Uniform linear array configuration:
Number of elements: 48
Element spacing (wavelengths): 0.25
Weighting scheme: hamming
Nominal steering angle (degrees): -15
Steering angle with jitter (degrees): -14.293
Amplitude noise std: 0.05
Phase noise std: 0.05

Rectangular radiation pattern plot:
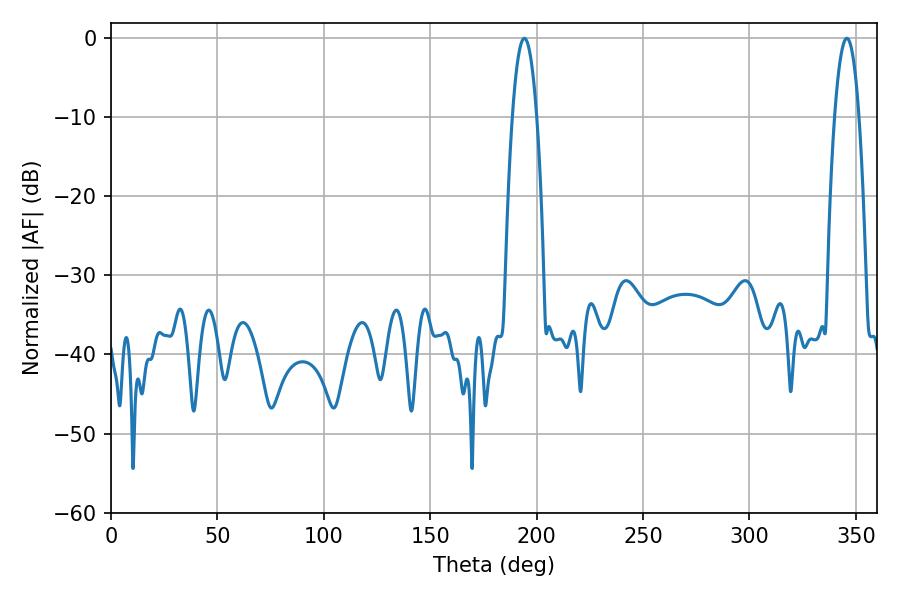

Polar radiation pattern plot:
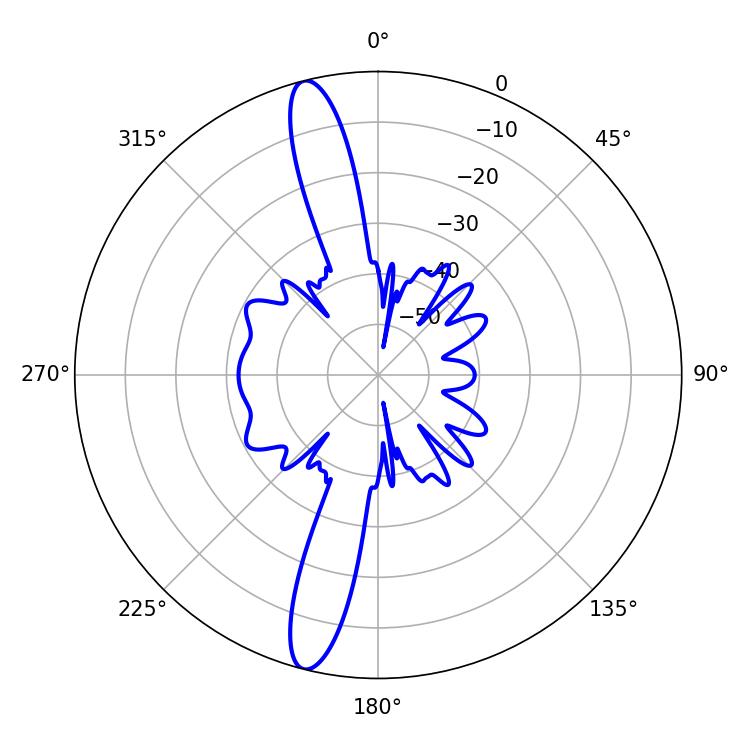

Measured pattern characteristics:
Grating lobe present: FALSE
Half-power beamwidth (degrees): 6.3
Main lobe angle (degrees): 194.22